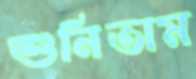
শুনিতাম